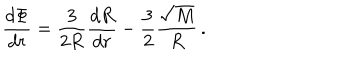
\frac { d \Phi } { d r } = \frac { 3 } { 2 R } \frac { d R } { d r } - \frac { 3 } { 2 } \frac { \sqrt { M } } { R } \, .